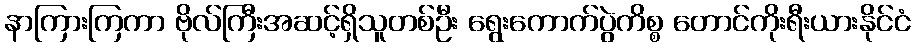
နာကြားကြကာ ဗိုလ်ကြီးအဆင့်ရှိသူတစ်ဦး ရွေးကောက်ပွဲကိစ္စ တောင်ကိုးရီးယားနိုင်ငံ